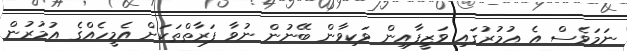
ނަމަވެސް އެ އުމުރުގައި ވަޒީފާއިން ވަކިވާން ބޭނުން ނުވާ ފަރާތްތަކަށް އެމީހެއްގެ އުމުރުން